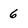
Character: 6